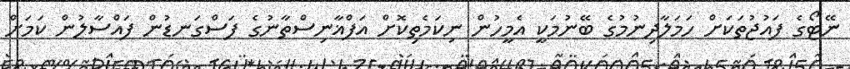
ނޭޓޯގެ ފައުޖުތަކަށް ހަމަލާދިނުމުގެ ބޭނުމަކީ އެމީހުން ނިކަމެތިކޮށް އަފްޣާނިސްތާނުގެ ފަސްގަނޑުން ފައްސާލުން ކަމަށް